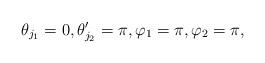
LaTeX: \begin{gather*} \theta_{j_1} = 0 , \theta_{j_2}' = \pi , \varphi_1 = \pi,\varphi_2 = \pi,\end{gather*}